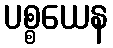
ပစ္စယေန